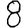
Digit: 8